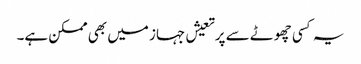
یہ کسی چھوٹے سے پرتعیش جہاز میں بھی ممکن ہے۔